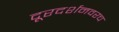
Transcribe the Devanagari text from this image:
दूरदर्शनवरच